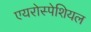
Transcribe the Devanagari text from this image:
एयरोस्पेशियल